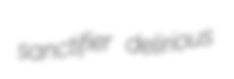
sanctifier delirious